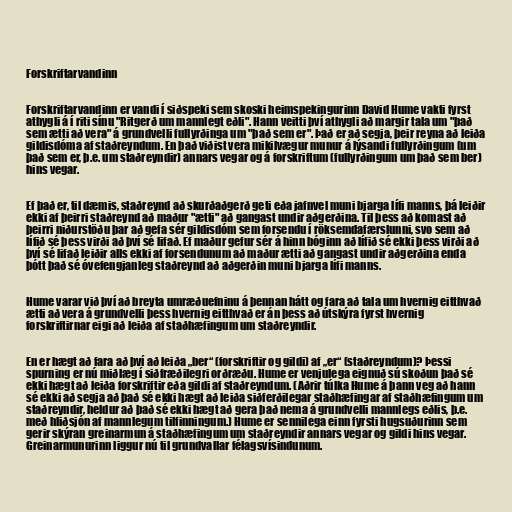
Forskriftarvandinn

Forskriftarvandinn er vandi í siðspeki sem skoski heimspekingurinn David Hume vakti fyrst
athygli á í riti sínu "Ritgerð um mannlegt eðli". Hann veitti því athygli að margir tala um "það
sem ætti að vera" á grundvelli fullyrðinga um "það sem er". Það er að segja, þeir reyna að leiða
gildisdóma af staðreyndum. En það viðist vera mikilvægur munur á lýsandi fullyrðingum (um
það sem er, þ.e. um staðreyndir) annars vegar og á forskriftum (fullyrðingum um það sem ber)
hins vegar.

Ef það er, til dæmis, staðreynd að skurðaðgerð geti eða jafnvel muni bjarga lífi manns, þá leiðir
ekki af þeirri staðreynd að maður "ætti" að gangast undir aðgerðina. Til þess að komast að
þeirri niðurstöðu þar að gefa sér gildisdóm sem forsendu í röksemdafærslunni, svo sem að
lífið sé þess virði að því sé lifað. Ef maður gefur sér á hinn bóginn að lífið sé ekki þess virði að
því sé lifað leiðir alls ekki af forsendunum að maður ætti að gangast undir aðgerðina enda
þótt það sé óvefengjanleg staðreynd að aðgerðin muni bjarga lífi manns.

Hume varar við því að breyta umræðuefninu á þennan hátt og fara að tala um hvernig eitthvað
ætti að vera á grundvelli þess hvernig eitthvað er án þess að útskýra fyrst hvernig
forskriftirnar eigi að leiða af staðhæfingum um staðreyndir.

En er hægt að fara að því að leiða „ber“ (forskriftir og gildi) af „er“ (staðreyndum)? Þessi
spurning er nú miðlæg í siðfræðilegri orðræðu. Hume er venjulega eignuð sú skoðun það sé
ekki hægt að leiða forskriftir eða gildi af staðreyndum. (Aðrir túlka Hume á þann veg að hann
sé ekki að segja að það sé ekki hægt að leiða siðferðilegar staðhæfingar af staðhæfingum um
staðreyndir, heldur að það sé ekki hægt að gera það nema á grundvelli mannlegs eðlis, þ.e.
með hliðsjón af mannlegum tilfinningum.) Hume er sennilega einn fyrsti hugsuðurinn sem
gerir skýran greinarmun á staðhæfingum um staðreyndir annars vegar og gildi hins vegar.
Greinarmunurinn liggur nú til grundvallar félagsvísindunum.